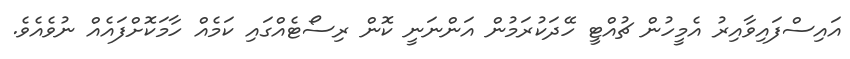
އައިސްފައިވާއިރު އެމީހުން ޗުއްޓީ ހޭދަކުރަމުން އަންނަނީ ކޮން ރިސޯޓެއްގައި ކަމެއް ހާމަކޮށްފައެއް ނުވެއެވެ.